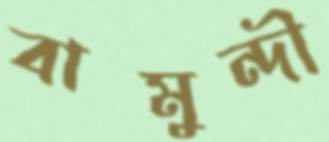
বামুন্দী